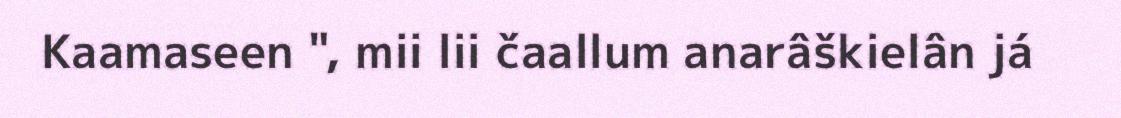
Kaamaseen ", mii lii čaallum anarâškielân já